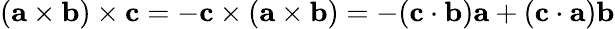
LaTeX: (\mathbf{a}\times\mathbf{b})\times\mathbf{c}=-\mathbf{c}\times(\mathbf{a}\times\mathbf{b})=-(\mathbf{c}\cdot\mathbf{b})\mathbf{a}+(\mathbf{c}\cdot\mathbf{a})\mathbf{b}